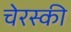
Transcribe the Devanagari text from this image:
चेरस्की